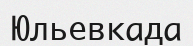
Юльевкада